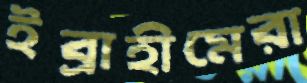
ইব্রাহীমেরা